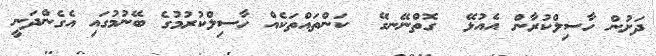
ދަށުން ހާސިލްކުރާން އެއުޅޭ  ގޮތްނޭނގޭ  ކަންތައްތަކެއް ހާސިލްކުރުމުގެ ބޭނުމުގައި އެގެންދަނީ